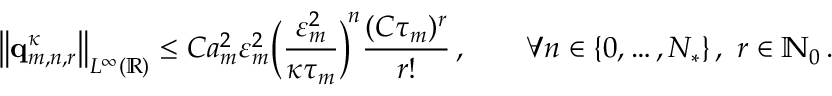
\bigl \| \mathbf { q } _ { m , n , r } ^ { \kappa } \bigr \| _ { L ^ { \infty } ( \ensuremath { \mathbb { R } } ) } \leq C a _ { m } ^ { 2 } \varepsilon _ { m } ^ { 2 } \biggl ( \frac { \varepsilon _ { m } ^ { 2 } } { \kappa \tau _ { m } } \biggr ) ^ { \! n } \frac { ( C \tau _ { m } ) ^ { r } } { r ! } \, , \qquad \forall n \in \{ 0 , \ldots , N _ { * } \} \, , \ r \in \ensuremath { \mathbb { N } } _ { 0 } \, .